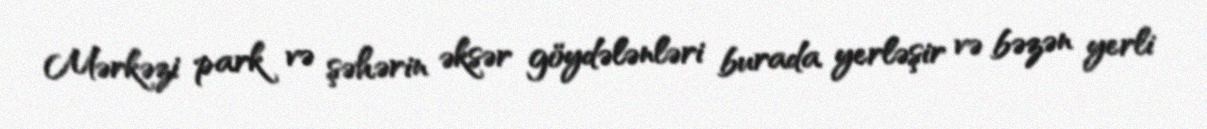
Mərkəzi park və şəhərin əksər göydələnləri burada yerləşir və bəzən yerli